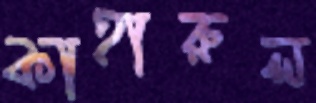
কাহারুল